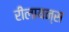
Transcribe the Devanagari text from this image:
रीलायन्स